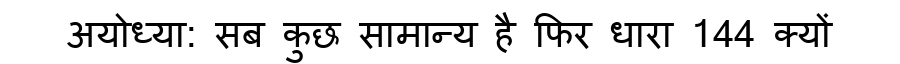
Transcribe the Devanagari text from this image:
अयोध्या: सब कुछ सामान्य है फिर धारा 144 क्यों